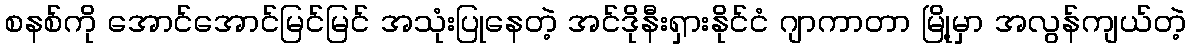
စနစ်ကို အောင်အောင်မြင်မြင် အသုံးပြုနေတဲ့ အင်ဒိုနီးရှားနိုင်ငံ ဂျာကာတာ မြို့မှာ အလွန်ကျယ်တဲ့